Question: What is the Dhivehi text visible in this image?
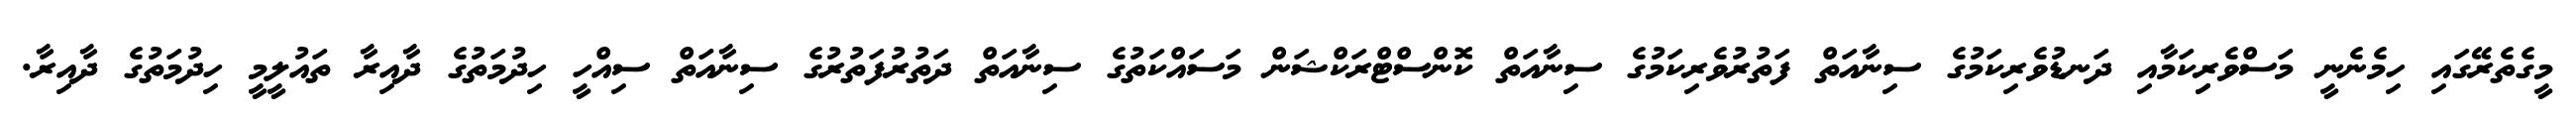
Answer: މީގެތެރޭގައި ހިމެނެނީ މަސްވެރިިކަމާއި ދަނޑުވެރިކަމުގެ ސިނާއަތް ފަތުރުވެރިކަމުގެ ސިނާއަތް ކޮންސްޓްރަކްޝަން މަސައްކަތުގެ ސިނާއަތް ދަތުރުފަތުރުގެ ސިނާއަތް ސިއްހީ ހިދުމަތުގެ ދާއިރާ ތައުލީމީ ހިދުމަތުގެ ދާއިރާ.